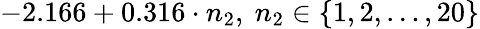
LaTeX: -2.166+0.316\cdot n_{2},\ n_{2}\in\left\{ 1,2,\ldots,20\right\}